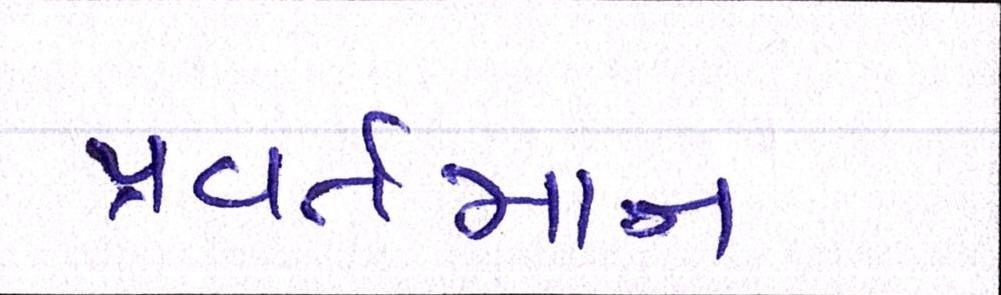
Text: પ્રવર્તમાન